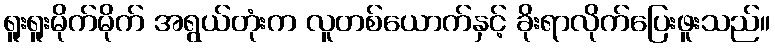
ရူးရူးမိုက်မိုက် အရွယ်တုံးက လူတစ်ယောက်နှင့် ခိုးရာလိုက်ပြေးဖူးသည်။